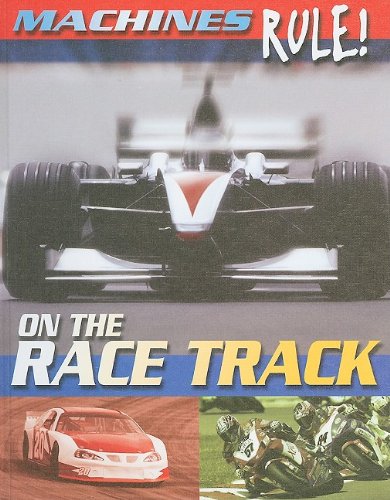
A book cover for On the Race Track (Machines Rule!); Steve Parker; Children's Books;